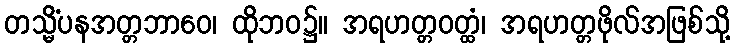
တသ္မိံပနအတ္တဘာဝေ၊ ထိုဘဝ၌။ အရဟတ္တဝတ္ထံ၊ အရဟတ္တဖိုလ်အဖြစ်သို့